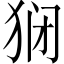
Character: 𬌱